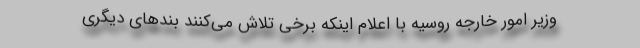
وزیر امور خارجه روسیه با اعلام اینکه برخی تلاش می‌کنند بندهای دیگری